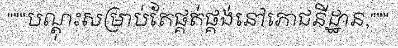
"""បណ្តុះសម្រាប់តែផ្គត់ផ្គង់នៅភោជនីដ្ឋាន,"""